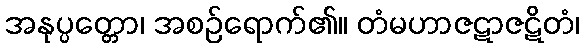
အနုပ္ပတ္တော၊ အစဉ်ရောက်၏။ တံမဟာဇဋာဇဋိတံ၊